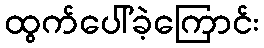
ထွက်ပေါ်ခဲ့ကြောင်း